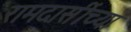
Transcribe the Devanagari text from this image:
रामदासींच्या